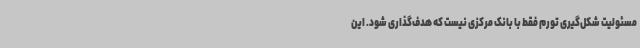
مسئولیت شکل‌گیری تورم فقط با بانک مرکزی نیست که هدف‌گذاری شود. این